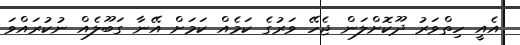
އެއީ ހިތްވަރު ދޫކޮށްލަން ޖެހޭ ވަރުގެ ކަމެއް ކަމަށް އޭނާ ގަބޫލެއް ނުކުރައްވަ